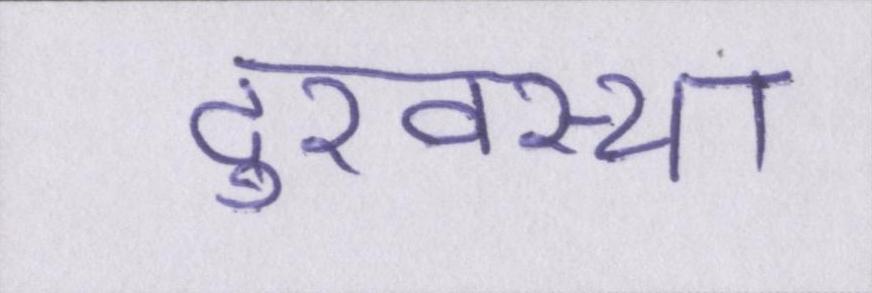
दुरवस्था